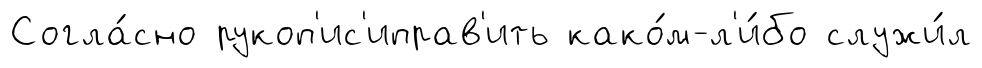
Согла́сно рукоп'ис'иправ'ить како́м-л'и́бо служи́л